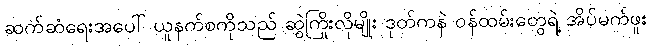
ဆက်ဆံရေးအပေါ် ယူနက်စကိုသည် ဆွဲကြိုးလိုမျိုး ဒုတ်ကနဲ ဝန်ထမ်းတွေရဲ့ အိပ်မက်ဖူး